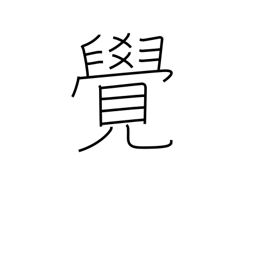
Meaning: memorize